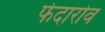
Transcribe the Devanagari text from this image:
फेदारोव